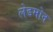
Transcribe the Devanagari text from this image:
लेडमोन